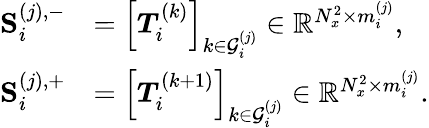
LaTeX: \begin{array}{rl}{\mathbf{S}_{i}^{(j),-}}&{=\left[\boldsymbol{T}_{i}^{(k)}\right]_{k\in\mathcal{G}_{i}^{(j)}}\in\mathbb{R}^{N_{x}^{2}\times m_{i}^{(j)}},}\\ {\mathbf{S}_{i}^{(j),+}}&{=\left[\boldsymbol{T}_{i}^{(k+1)}\right]_{k\in\mathcal{G}_{i}^{(j)}}\in\mathbb{R}^{N_{x}^{2}\times m_{i}^{(j)}}.}\end{array}